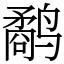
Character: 鹬